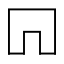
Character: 𠕄